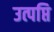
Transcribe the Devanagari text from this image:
उत्पप्ति